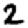
Digit: 2